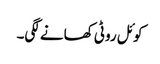
کوئل روٹی کھانے لگی۔